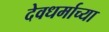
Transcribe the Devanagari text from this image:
देवधर्माच्या